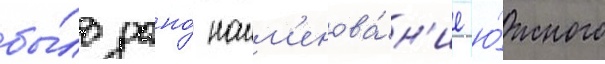
бы́ло дано́ наим'енова́н'ие ю́жного